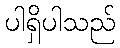
ပါရှိပါသည်